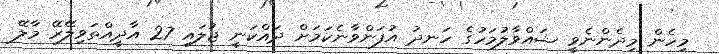
މިހެން މިދެންނެވީ ޝައްވާލުމަހުގެ ހަނދު އުފަންވާނެކަމަށް ދައްކަނީ ޖުލައި 27 އާދީއްތަވިލޭރޭ މާލޭ